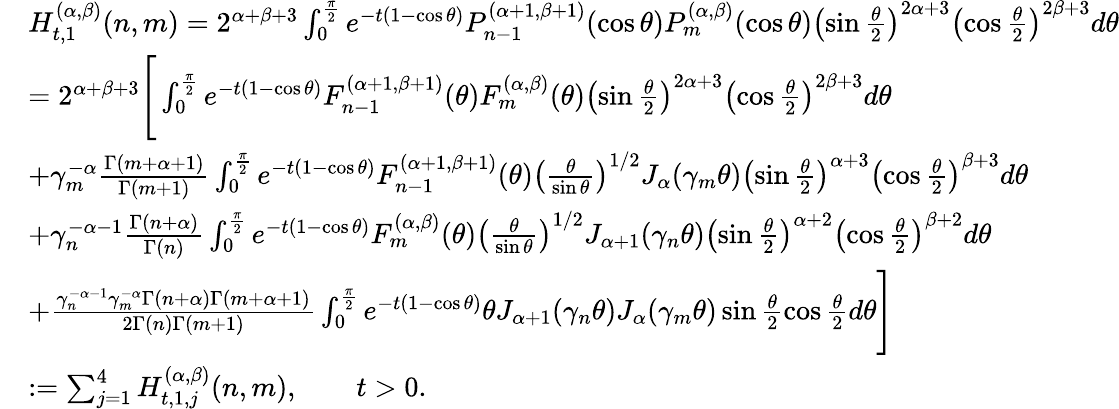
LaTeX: \begin{array}{rl}&{H_{t,1}^{(\alpha,\beta)}(n,m)={2^{\alpha+\beta+3}}\int_{0}^{\frac{\pi}{2}}e^{-t(1-\cos\theta)}P_{n-1}^{(\alpha+1,\beta+1)}(\cos\theta)P_{m}^{(\alpha,\beta)}(\cos\theta)\left(\sin\frac{\theta}{2}\right)^{2\alpha+3}\left(\cos\frac{\theta}{2}\right)^{2\beta+3}d\theta}\\ &{={2^{\alpha+\beta+3}}\Bigg[\int_{0}^{\frac{\pi}{2}}e^{-t(1-\cos\theta)}F_{n-1}^{(\alpha+1,\beta+1)}(\theta)F_{m}^{(\alpha,\beta)}(\theta)\left(\sin\frac{\theta}{2}\right)^{2\alpha+3}\left(\cos\frac{\theta}{2}\right)^{2\beta+3}d\theta}\\ &{+\gamma_{m}^{-\alpha}\frac{\Gamma(m+\alpha+1)}{\Gamma(m+1)}\int_{0}^{\frac{\pi}{2}}e^{-t(1-\cos\theta)}F_{n-1}^{(\alpha+1,\beta+1)}(\theta)\left(\frac{\theta}{\sin\theta}\right)^{1/2}J_{\alpha}(\gamma_{m}\theta)\left(\sin\frac{\theta}{2}\right)^{\alpha+3}\left(\cos\frac{\theta}{2}\right)^{\beta+3}d\theta}\\ &{+\gamma_{n}^{-\alpha-1}\frac{\Gamma({n+\alpha})}{\Gamma(n)}\int_{0}^{\frac{\pi}{2}}e^{-t(1-\cos\theta)}F_{m}^{(\alpha,\beta)}(\theta)\left(\frac{\theta}{\sin\theta}\right)^{1/2}J_{\alpha+1}(\gamma_{n}\theta)\left(\sin\frac{\theta}{2}\right)^{\alpha+2}\left(\cos\frac{\theta}{2}\right)^{\beta+2}d\theta}\\ &{+\frac{\gamma_{n}^{-\alpha-1}\gamma_{m}^{-\alpha}\Gamma({n+\alpha})\Gamma(m+\alpha+1)}{{2}\Gamma(n)\Gamma(m+1)}\int_{0}^{\frac{\pi}{2}}e^{-t(1-\cos\theta)}\theta J_{\alpha+1}(\gamma_{n}\theta)J_{\alpha}(\gamma_{m}\theta)\sin\frac{\theta}{2}\cos\frac{\theta}{2}d\theta\Bigg]}\\ &{:=\sum_{j=1}^{4}H_{t,1,j}^{(\alpha,\beta)}(n,m),\qquad t>0.}\end{array}